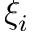
\xi _ { i }